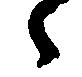
々